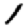
Digit: 1